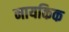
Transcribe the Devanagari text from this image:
नायकिक